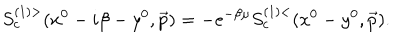
LaTeX: S _ { c } ^ { ( 1 ) > } ( x ^ { 0 } - i \beta - y ^ { 0 } , \vec { p } ) = - e ^ { - \beta \mu } S _ { c } ^ { ( 1 ) < } ( x ^ { 0 } - y ^ { 0 } , \vec { p } ) .